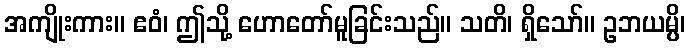
အကျိုးကား။ ဧဝံ၊ ဤသို့ ဟောတော်မူခြင်းသည်။ သတိ၊ ရှိသော်။ ဥဘယမ္ပိ၊